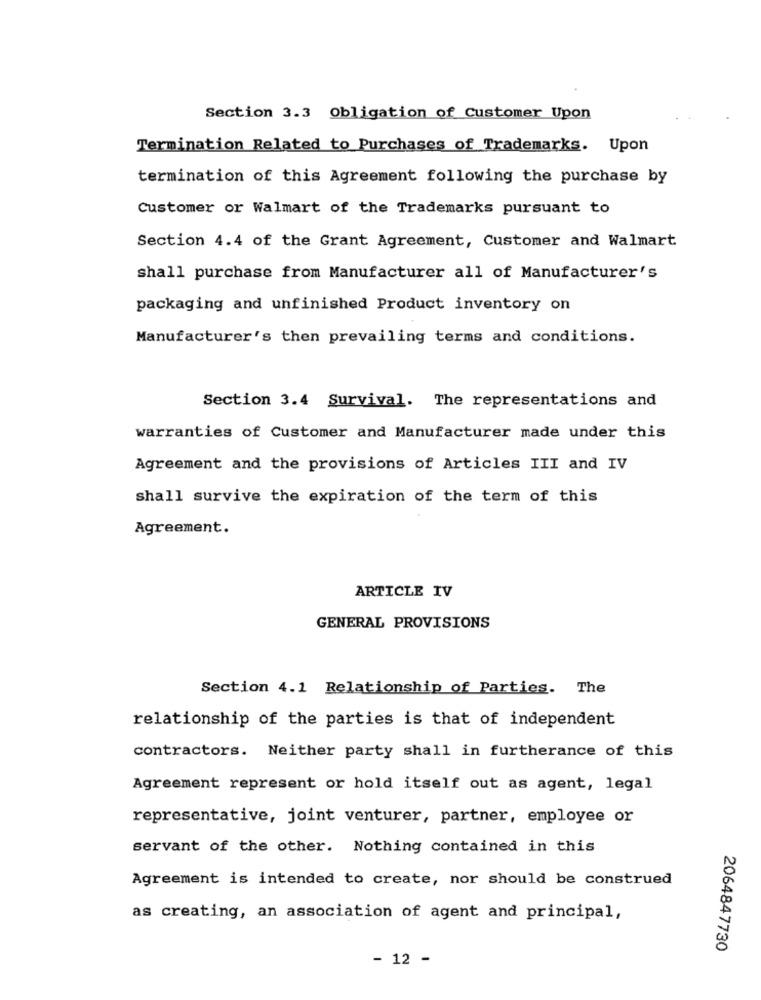
Section 3.3 Obligation of Customer Upon
Termination Related to Purchases of Trademarks. Upon
termination of this Agreement following the purchase by
Customer or Walmart of the Trademarks pursuant to
Section 4.4 of the Grant Agreement, Customer and Walmart
shall purchase from Manufacturer all of Manufacturer's
packaging and unfinished Product inventory on
Manufacturer's then prevailing terms and conditions.
Section 3.4 Survival. The representations and
warranties of Customer and Manufacturer made under this
Agreement and the provisions of Articles III and IV
shall survive the expiration of the term of this
Agreement.
ARTICLE IV
GENERAL PROVISIONS
Section 4.1 Relationship of Parties. The
relationship of the parties is that of independent
contractors. Neither party shall in furtherance of this
Agreement represent or hold itself out as agent, legal
representative, joint venturer, partner, employee or
servant of the other. Nothing contained in this
Agreement is intended to create, nor should be construed
as creating, an association of agent and principal,
2064847730
- 12 -